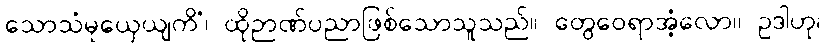
သောသံမုယှေယျကိံ၊ ထိုဉာဏ်ပညာဖြစ်သောသူသည်။ တွေဝေရာအံ့လော။ ဥဒါဟု၊